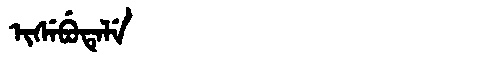
Manchu: ᡳᠰᡝᠪᡠᡨᡝᠯᡝ
Romanization: ISEBUTELE